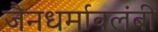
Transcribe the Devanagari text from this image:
जैनधर्मावलंबी